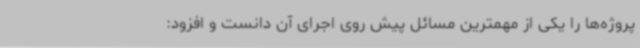
پروژه‌ها را یکی از مهمترین مسائل پیش روی اجرای آن دانست و افزود: